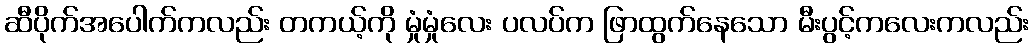
ဆီပိုက်အပေါက်ကလည်း တကယ့်ကို မှုံမှုံလေး ပလပ်က ဖြာထွက်နေသော မီးပွင့်ကလေးကလည်း